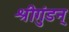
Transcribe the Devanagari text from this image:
श्रीगुंडन्